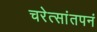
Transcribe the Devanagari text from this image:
चरेत्सांतपनं